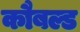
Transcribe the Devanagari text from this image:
कौबल्ड